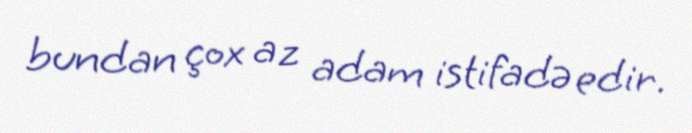
bundan çox az adam istifadə edir.